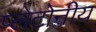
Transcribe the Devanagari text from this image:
प्लेटोनीय